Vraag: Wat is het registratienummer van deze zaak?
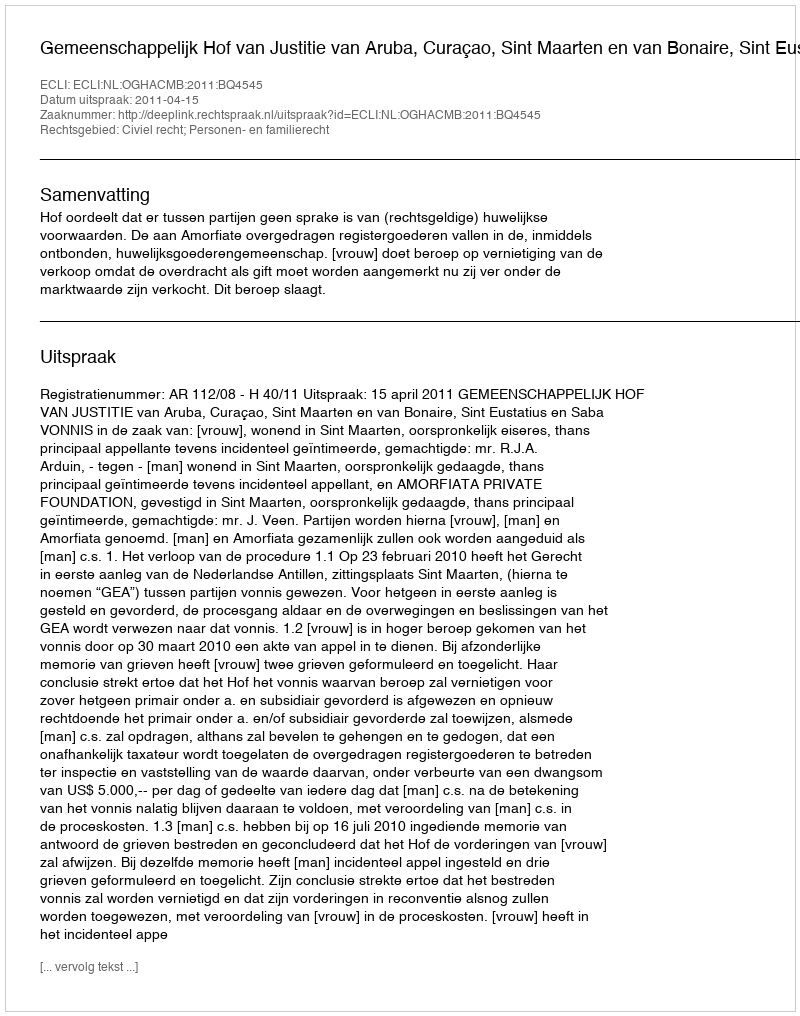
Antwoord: http://deeplink.rechtspraak.nl/uitspraak?id=ECLI:NL:OGHACMB:2011:BQ4545